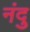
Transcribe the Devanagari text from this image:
नंदु